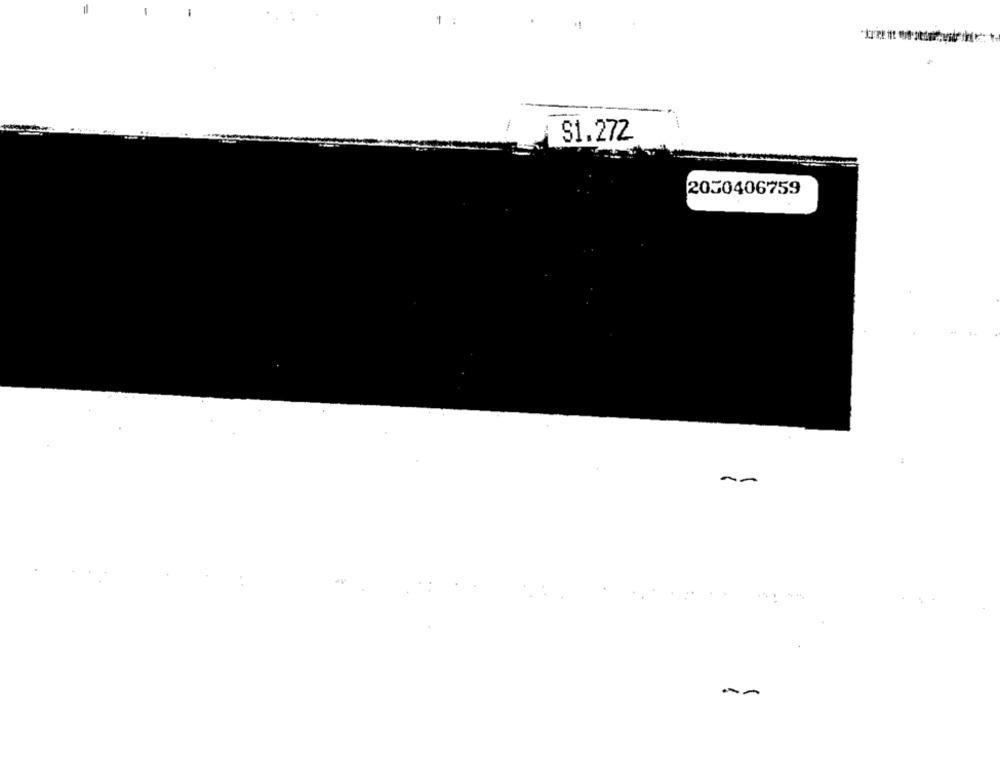
1 :
$1.272
2050406759
--